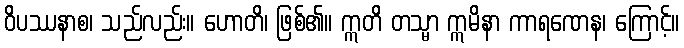
ဝိပဿနာစ၊ သည်လည်း။ ဟောတိ၊ ဖြစ်၏။ ဣတိ တသ္မာ ဣမိနာ ကာရဏေန၊ ကြောင့်။